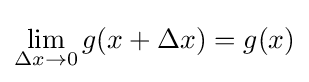
\lim _{\Delta x\to 0}g(x+\Delta x)=g(x)